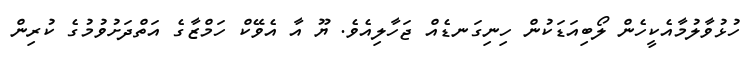
ހުޅުވާލުމާއެކީހެން ލޯބިއަޑަކުން ހިނިގަނޑެއް ޖަހާލިއެވެ. ޔޫ އާ އެވޭކް ހަމްޒާގެ އަތްދަށުވުމުގެ ކުރިން